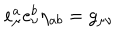
LaTeX: e _ { \mu } ^ { a } e _ { \nu } ^ { b } \eta _ { a b } = g _ { \mu \nu }